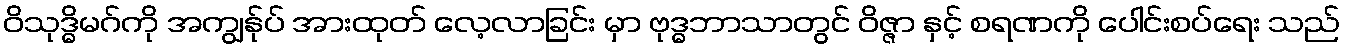
ဝိသုဒ္ဓိမဂ်ကို အကျွန်ုပ် အားထုတ် လေ့လာခြင်း မှာ ဗုဒ္ဓဘာသာတွင် ဝိဇ္ဇာ နှင့် စရဏကို ပေါင်းစပ်ရေး သည်